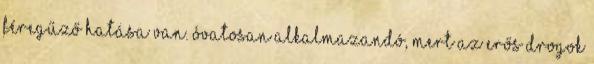
féregűző hatása van. Óvatosan alkalmazandó, mert az erős drogok